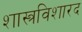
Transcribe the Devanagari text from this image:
शास्त्रविशारद